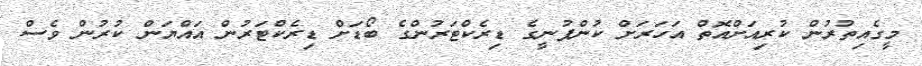
މީގެއިތުރުން ކުރިއަށްއޮތް އަހަރަށް ކުންފުނީގެ ޑިރެކްޓަރުންގެ ބޯޑަށް ޑިރެކްޓަރުން އައްޔަން ކުރުން ވެސް